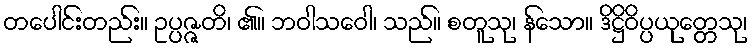
တပေါင်းတည်း။ ဥပ္ပဇ္ဇတိ၊ ၏။ ဘဝါသဝေါ၊ သည်။ စတူသု၊ န်သော။ ဒိဋ္ဌိဝိပ္ပယုတ္တေသု၊